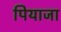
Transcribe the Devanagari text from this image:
पियाजा